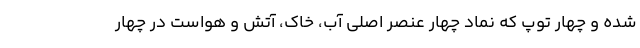
شده و چهار توپ که نماد چهار عنصر اصلی آب، خاک، آتش و هواست در چهار